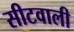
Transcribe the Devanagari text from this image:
सीटवाली